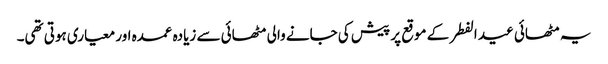
یہ مٹھائی عید الفطر کے موقع پر پیش کی جانے والی مٹھائی سے زیادہ عمدہ اور معیاری ہوتی تھی۔